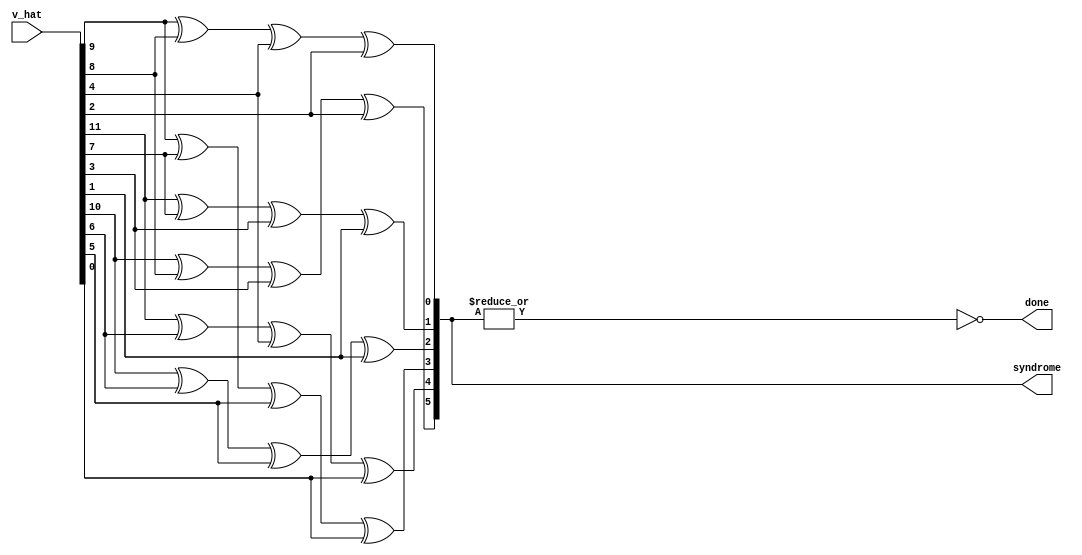
//////////////////////////////////////////////////////////////////////////////////
// Design Name:  LDPC syndrome checker
// Module Name:  syndrome_check
// Project Name: Low Density Parity Check
//////////////////////////////////////////////////////////////////////////////////

module syndrome_check (
   input wire [11:0] v_hat,
   output reg [5:0] syndrome,
   output reg done
);

   reg [0:11] v_hat_rev;

   always @(*) begin

      v_hat_rev = v_hat;

      syndrome[0] = v_hat_rev[2] ^ v_hat_rev[3] ^ v_hat_rev[7] ^ v_hat_rev[9];
      syndrome[1] = v_hat_rev[0] ^ v_hat_rev[4] ^ v_hat_rev[8] ^ v_hat_rev[10];
      syndrome[2] = v_hat_rev[1] ^ v_hat_rev[5] ^ v_hat_rev[6] ^ v_hat_rev[10];
      syndrome[3] = v_hat_rev[2] ^ v_hat_rev[4] ^ v_hat_rev[6] ^ v_hat_rev[11];
      syndrome[4] = v_hat_rev[0] ^ v_hat_rev[5] ^ v_hat_rev[7] ^ v_hat_rev[11];
      syndrome[5] = v_hat_rev[1] ^ v_hat_rev[3] ^ v_hat_rev[8] ^ v_hat_rev[9];

      done = ~|syndrome;

   end

endmodule